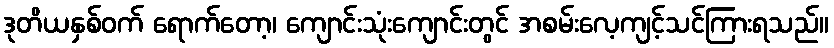
ဒုတိယနှစ်ဝက် ရောက်တော့၊ ကျောင်းသုံးကျောင်းတွင် အစမ်းလေ့ကျင့်သင်ကြားရသည်။